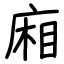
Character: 廂